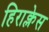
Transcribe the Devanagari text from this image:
हिराक्लेस